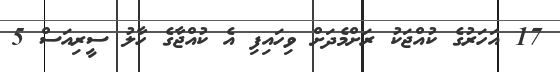
17 އަހަރުގެ ކުއްޖަކު ރަށްމެދަށް ވިހައިފި އެ ކުއްޖާގެ ހާލު ސީރިއަސް 5